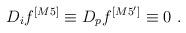
LaTeX: \begin{align*}D_if^{[M5]}\equiv D_pf^{[M5']}\equiv 0~.\end{align*}